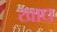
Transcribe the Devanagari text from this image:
खाध